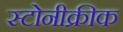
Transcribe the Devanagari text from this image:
स्टोनीक्रीक